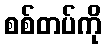
စစ်တပ်ကို